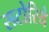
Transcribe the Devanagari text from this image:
सटोरिये